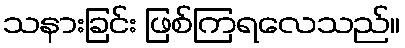
သနားခြင်း ဖြစ်ကြရလေသည်။